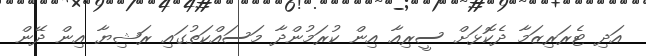
އަދި ޓެރަރިޒަމާ ދެކޮޅަށް ސީރިއާ އިން ކުރަމުންދާ މަސައްކަތުގައި ރަޝިޔާ އިން ދޭން